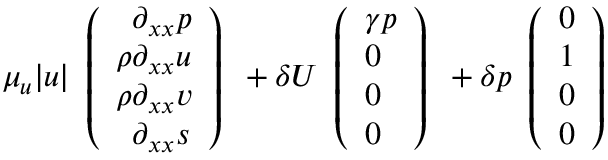
\mu _ { u } | u | \begin{array} { l } { \left( \begin{array} { l } { \phantom { \rho } \partial _ { x x } p } \\ { \rho \partial _ { x x } u } \\ { \rho \partial _ { x x } v } \\ { \phantom { \rho } \partial _ { x x } s } \end{array} \right) } \end{array} + \delta U \begin{array} { l } { \left( \begin{array} { l } { \gamma p } \\ { 0 } \\ { 0 } \\ { 0 } \end{array} \right) } \end{array} + \delta p \begin{array} { l } { \left( \begin{array} { l } { 0 } \\ { 1 } \\ { 0 } \\ { 0 } \end{array} \right) } \end{array}